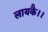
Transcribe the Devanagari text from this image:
लायकै।।